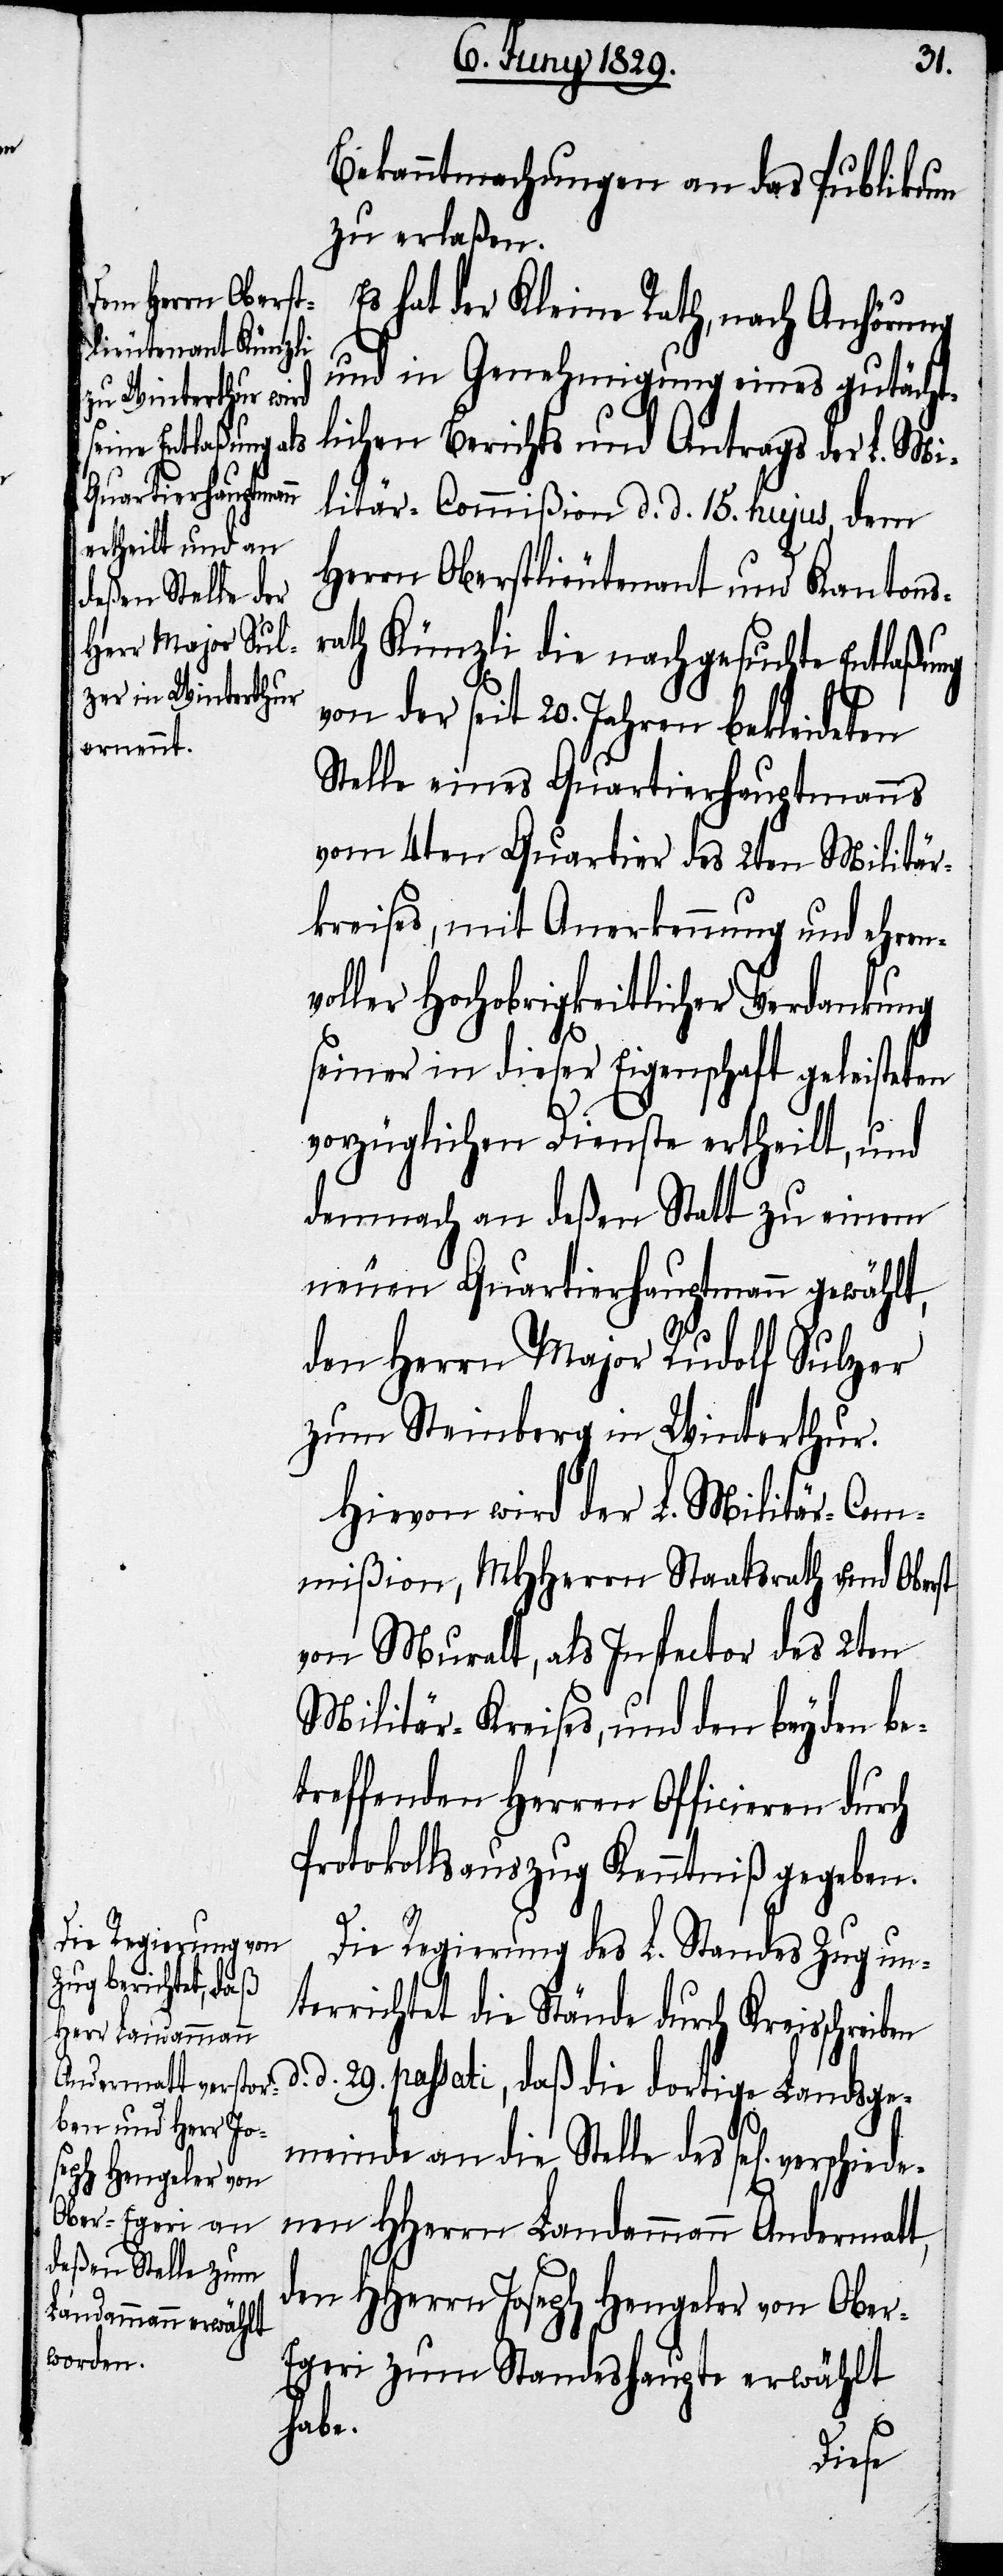
Herrn Oberst¬
lieutenant Künzli
e Entlaßung v¬

Bekanntmachungen an das Publicum
zu erlaßen.
Es hat der Kleine Rath, nach Anhörung
und in Genehmigung eines gutächt¬
lichen Berichts und Antrags der L. Mi¬
litär-Commißion d. d. 15. hujus, dem
on der seit 20. Jahren bekleideten
Stelle eines Quartierhauptmanns
vom 4ten Quartier des 2ten Militär¬
kreises, mit Anerkennung und ehren¬
voller Hochobrigkeitlicher Verdankung
seiner in dieser Eigenschaft geleisteten
vorzüglichen Dienste ertheilt, und
demnach an deßen Statt zu einem
neuen Quartierhauptmann gewählt,
den Herrn Major Rudolf Sulzer
zum Steinberg in Winterthur.
Hievon wird der L. Militär-Com¬
mißion, MHHerrn Staatsrath und Oberst
von Muralt, als Inspector des 2ten
Militär-Kreises, und den beyden be¬
treffenden Herren Officieren durch
Protokollsauszug Kenntniß gegeben.
Die Regierung des L. Standes Zug un¬
terrichtet die Stände durch Kreisschre¬
d. 29. passati, daß die dortige Landsge¬
meinde an die Stelle des sel[ig]. versc¬
nen HHerrn Landammann Andermatt,
den HHerrn Joseph Hengeler von Obe¬
r-Egeri zum Standeshaupt erwählt
habe.
hiede¬